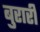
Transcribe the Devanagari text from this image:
बुरारी